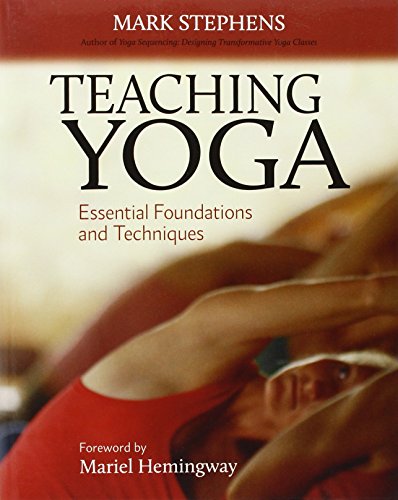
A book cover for Teaching Yoga: Essential Foundations and Techniques; Mark Stephens; Education & Teaching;